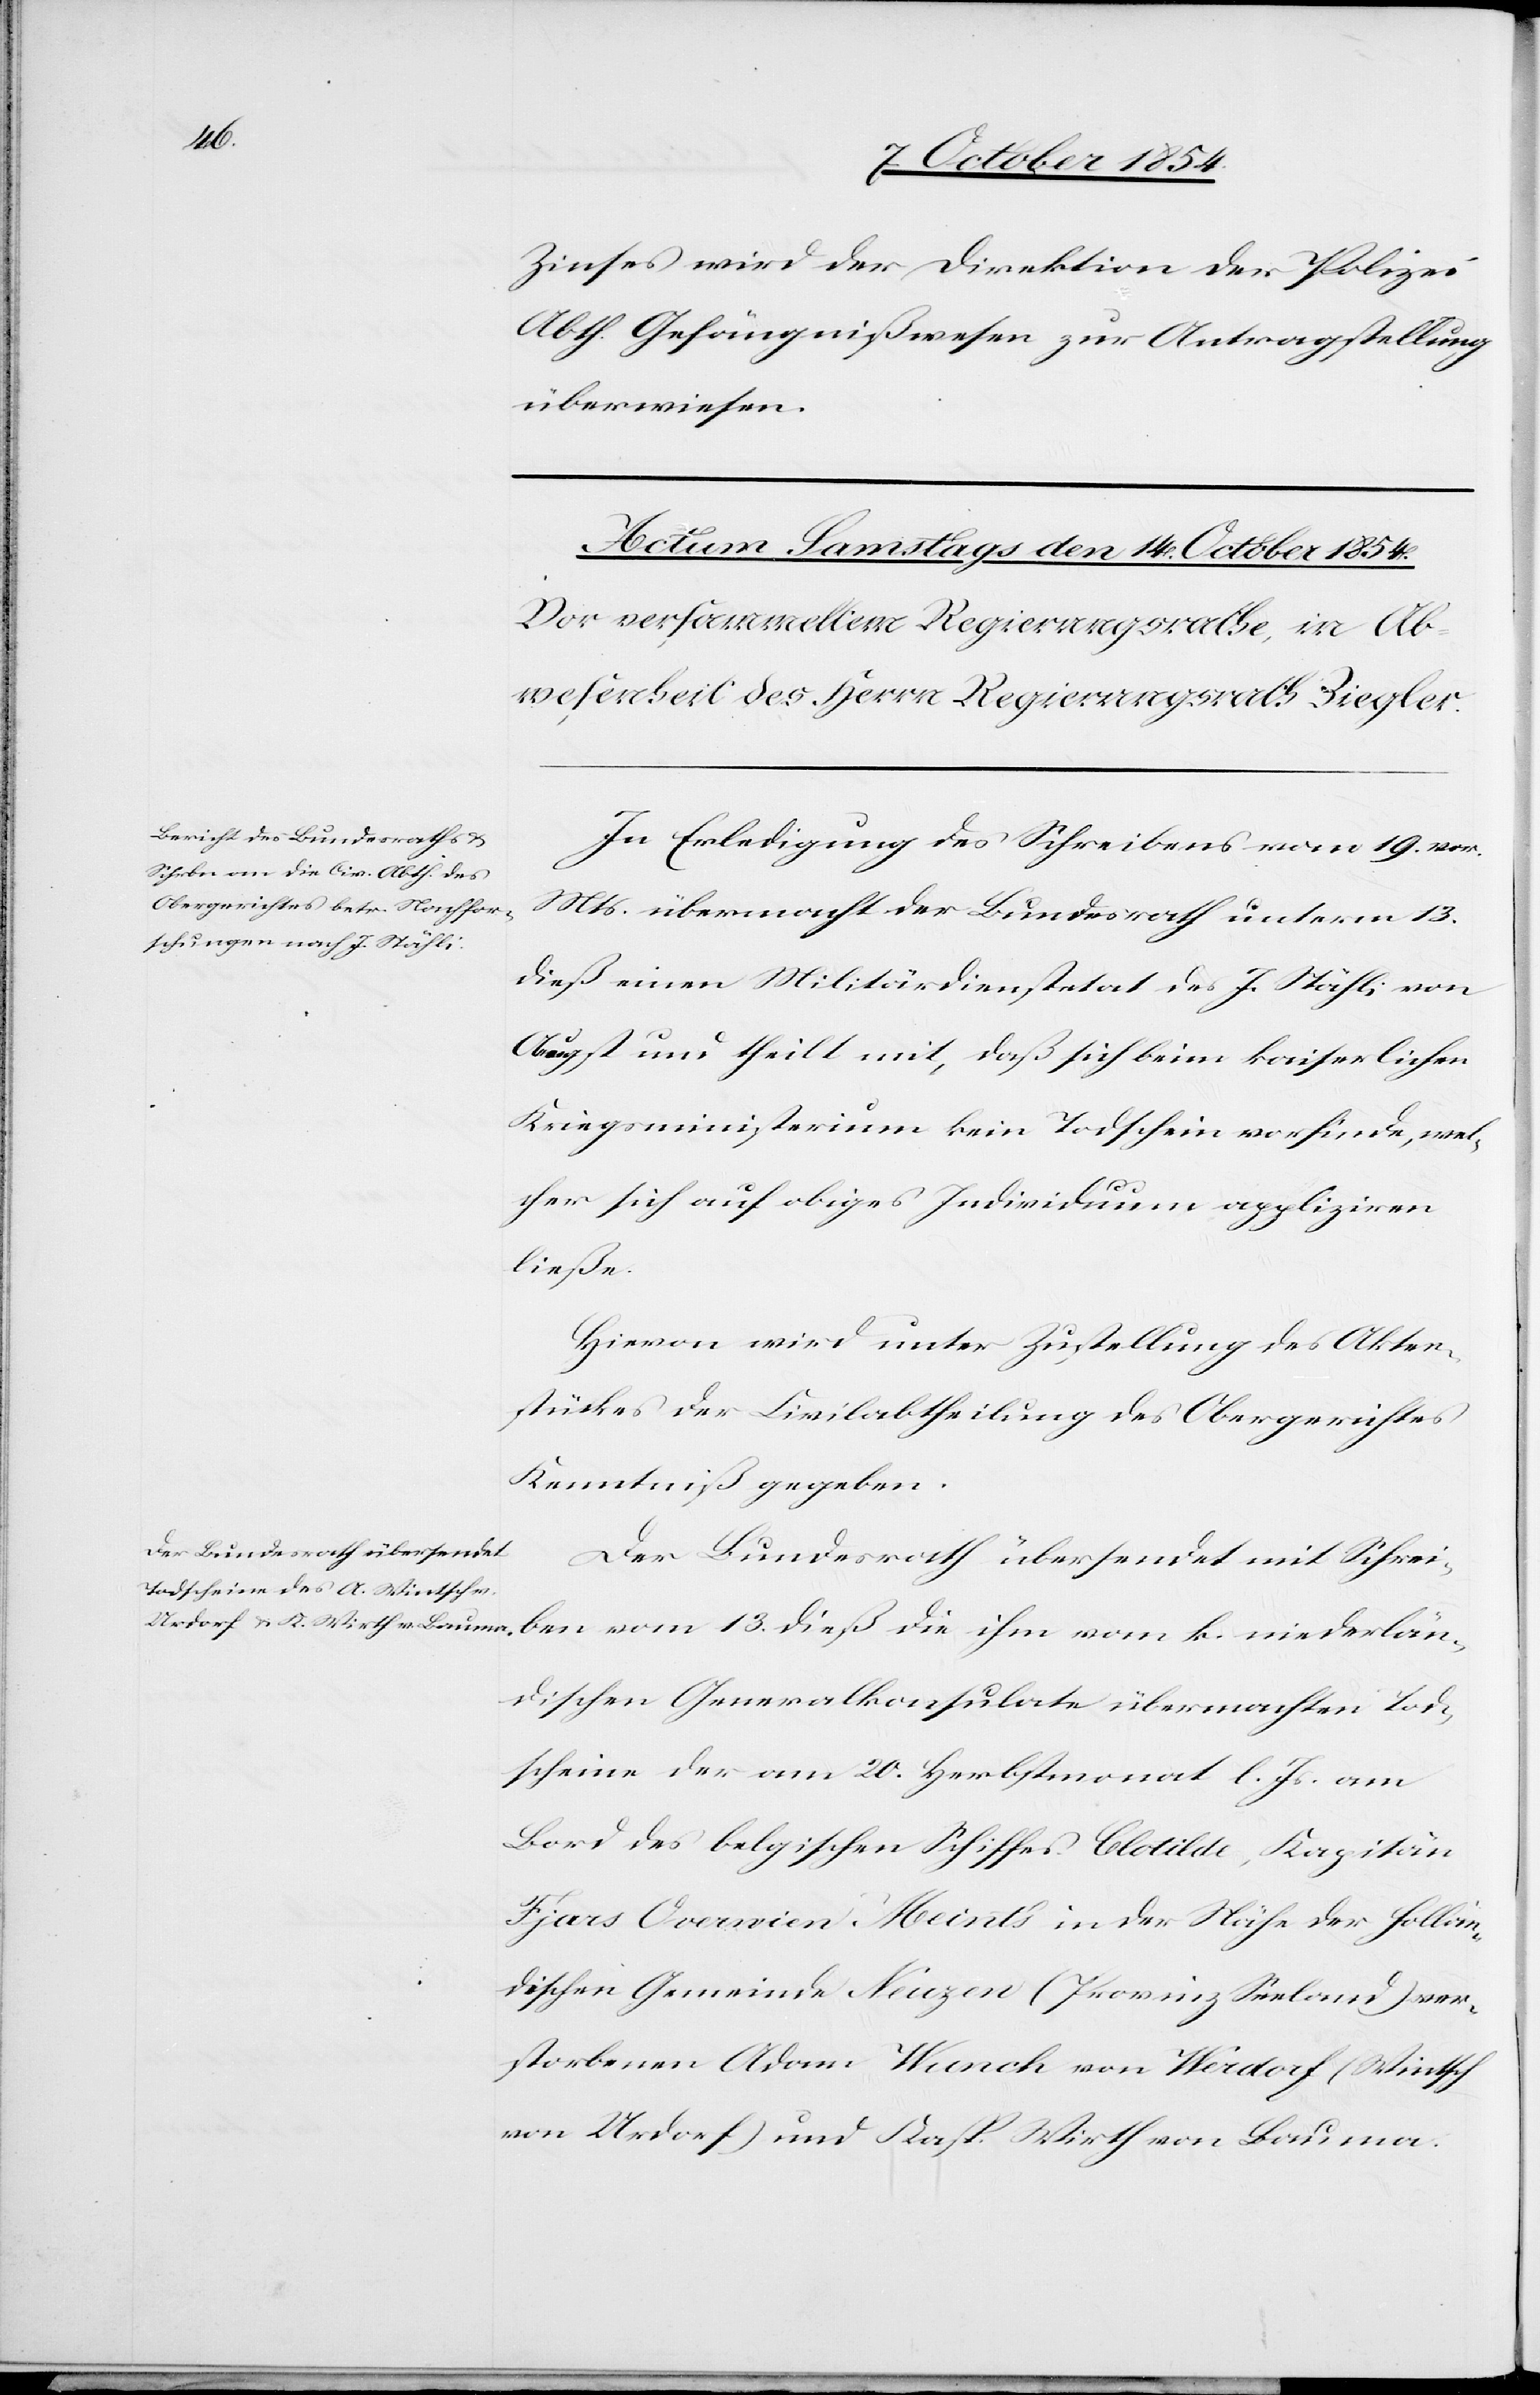
Zinses wird der Direktion der Polizei
Abth. Gefängnißwesen zur Antragstellung
überwiesen.
In Erledigung des Schreibens vom 19. vor.
Mts. übermacht der Bundesrath unterm 13.
dieß einen Miliärdienstetat des J. Stähli von
Aeugst und theilt mit, daß sich beim kaiserlichen
Kriegsministerium kein Todschein vorfinde, wel¬
cher sich auf obiges Individuum appliziren
niederlän¬
Hievon wird unter Zustellung des Akten¬
stückes der Civilabtheilung des Obergerichtes
Kenntniß gegeben.
Der Bundesrath übersendet mit Schreiben
dischen Generalkonsulate übermachten Tod¬
scheine der am 20. Herbstmonat l. Js. am
Bord des belgischen Schiffes Clotilde, Kapitän
Fjars Quernien Meints in der Nähe der hollän¬
dischen Gemeinde Neuzen (Provinz Seeland) ver¬
storbenen Adam Wunch von Werdorf (Wintsch
von Urdorf) und Kasp. Wirth von Bauma.